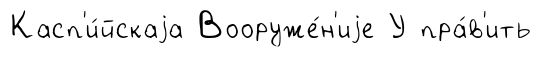
Касп'и́йскаjа Вооруже́н'иjе У пра́в'ить